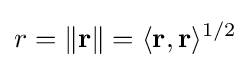
r=\|\mathbf {r} \|=\langle \mathbf {r} ,\mathbf {r} \rangle ^{1/2}